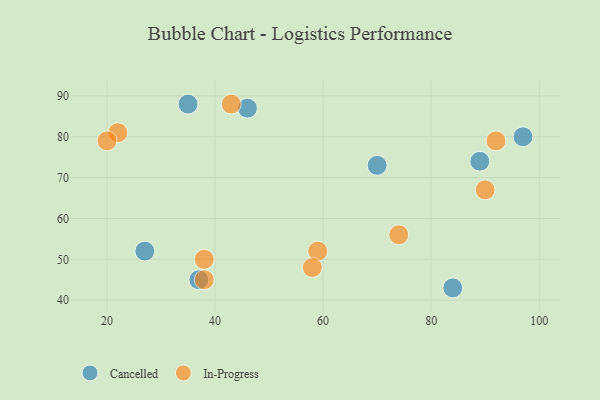
{"axis": {"x": "GDP", "y": "Life Expectancy"}, "legend": ["Cancelled", "In-Progress"], "data": [{"x": "27", "y": 52, "type": "Cancelled"}, {"x": "35", "y": 88, "type": "Cancelled"}, {"x": "46", "y": 87, "type": "Cancelled"}, {"x": "89", "y": 74, "type": "Cancelled"}, {"x": "37", "y": 45, "type": "Cancelled"}, {"x": "84", "y": 43, "type": "Cancelled"}, {"x": "70", "y": 73, "type": "Cancelled"}, {"x": "97", "y": 80, "type": "Cancelled"}, {"x": "59", "y": 52, "type": "In-Progress"}, {"x": "58", "y": 48, "type": "In-Progress"}, {"x": "22", "y": 81, "type": "In-Progress"}, {"x": "43", "y": 88, "type": "In-Progress"}, {"x": "92", "y": 79, "type": "In-Progress"}, {"x": "38", "y": 50, "type": "In-Progress"}, {"x": "90", "y": 67, "type": "In-Progress"}, {"x": "38", "y": 45, "type": "In-Progress"}, {"x": "20", "y": 79, "type": "In-Progress"}, {"x": "74", "y": 56, "type": "In-Progress"}]}